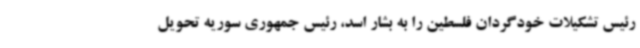
رئیس تشکیلات خودگردان فلسطین را به بشار اسد، رئیس جمهوری سوریه تحویل